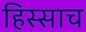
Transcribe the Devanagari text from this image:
हिस्साच